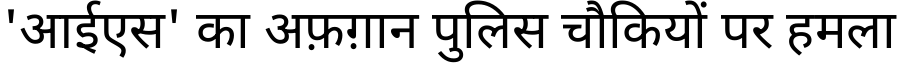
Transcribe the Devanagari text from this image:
'आईएस' का अफ़ग़ान पुलिस चौकियों पर हमला